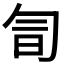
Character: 𠣚